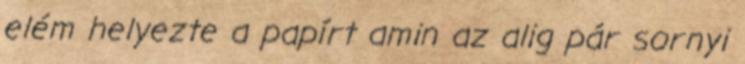
elém helyezte a papírt amin az alig pár sornyi